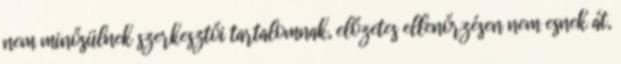
nem minősülnek szerkesztői tartalomnak, előzetes ellenőrzésen nem esnek át,